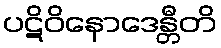
ပဋိဝိနောဒေန္တီတိ